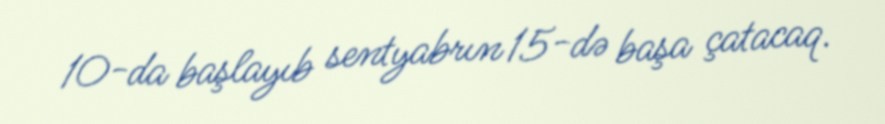
10-da başlayıb sentyabrın 15-də başa çatacaq.